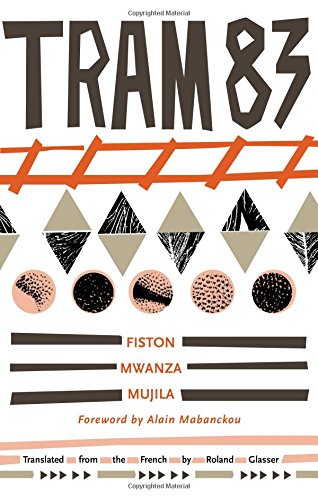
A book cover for Tram 83; Fiston Mwanza Mujila; Literature & Fiction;